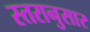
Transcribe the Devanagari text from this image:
स्तरानुसार